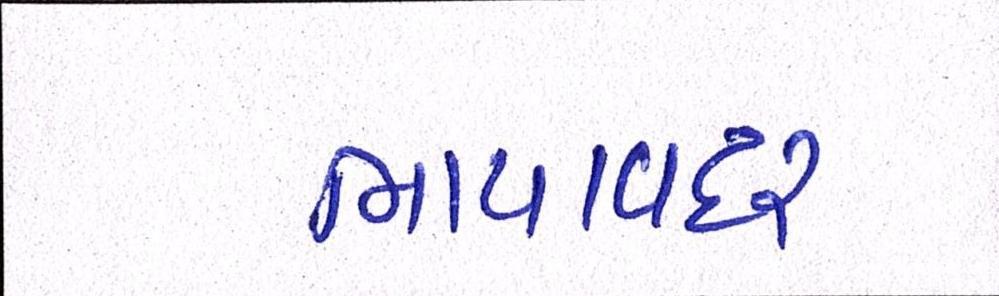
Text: ભાયાવદર